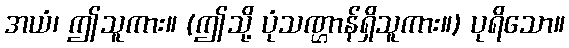
အယံ၊ ဤသူကား။ (ဤသို့ ပုံသဏ္ဌာန်ရှိသူကား။) ပုရိသော။